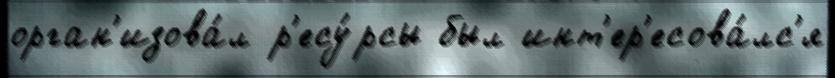
орган'изова́л р'есу́рсы был инт'ер'есова́лс'я